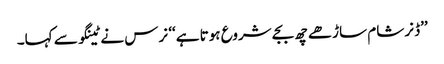
’’ڈنر شام ساڑھے چھ بجے شروع ہوتا ہے‘‘ نرس نے ٹینگو سے کہا۔